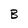
Character: B